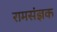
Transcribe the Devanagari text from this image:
रामसंज्ञक